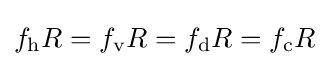
f_{\mathrm {h} }R=f_{\mathrm {v} }R=f_{\mathrm {d} }R=f_{\mathrm {c} }R